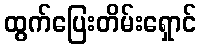
ထွက်ပြေးတိမ်းရှောင်